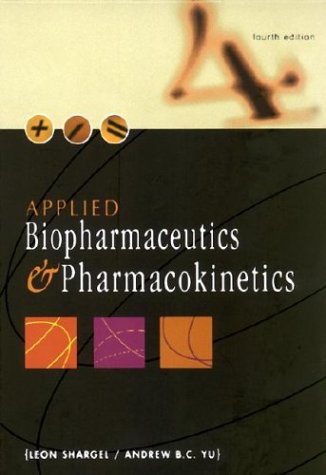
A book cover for Applied Biopharmaceutics and Pharmacokinetics; Leon Shargel; Medical Books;